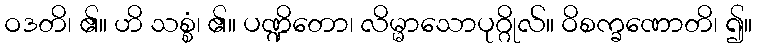
ဝဒတိ၊ ၏။ ဟိ သစ္စံ၊ ၏။ ပဏ္ဍိတော၊ လိမ္မာသောပုဂ္ဂိုလ်။ ဝိစက္ခဏောတိ၊ ၍။